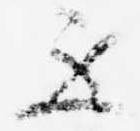
示